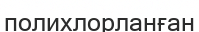
полихлорланған